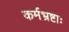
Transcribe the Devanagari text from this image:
कर्मभ्रष्टाः